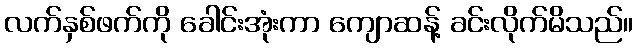
လက်နှစ်ဖက်ကို ခေါင်းအုံးကာ ကျောဆန့် ခင်းလိုက်မိသည်။